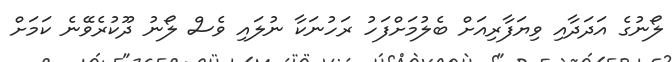
ލޯނުގެ އަދަދާއި ވިޔަފާރިއަށް ބެލުމަށްފަހު ރަހުނަކާ ނުލައި ވެސް ލޯނު ދޫކުރެވޭނެ ކަމަށް